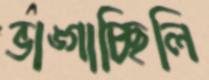
ভাঙ্গাচ্ছিলি